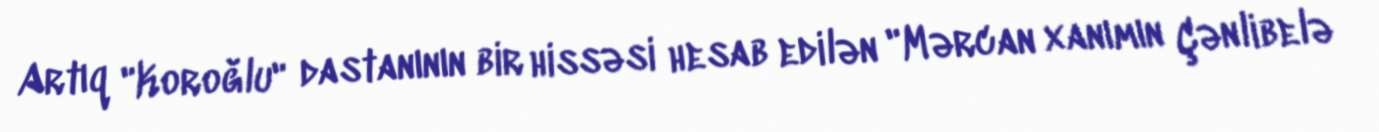
Artıq "Koroğlu" dastanının bir hissəsi hesab edilən "Mərcan xanımın Çənlibelə